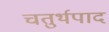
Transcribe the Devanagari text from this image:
चतुर्थपाद